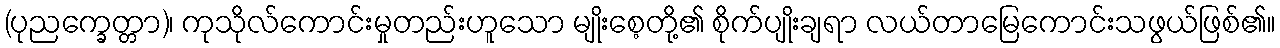
(ပုညက္ခေတ္တာ)၊ ကုသိုလ်ကောင်းမှုတည်းဟူသော မျိုးစေ့တို့၏ စိုက်ပျိုးချရာ လယ်တာမြေကောင်းသဖွယ်ဖြစ်၏။